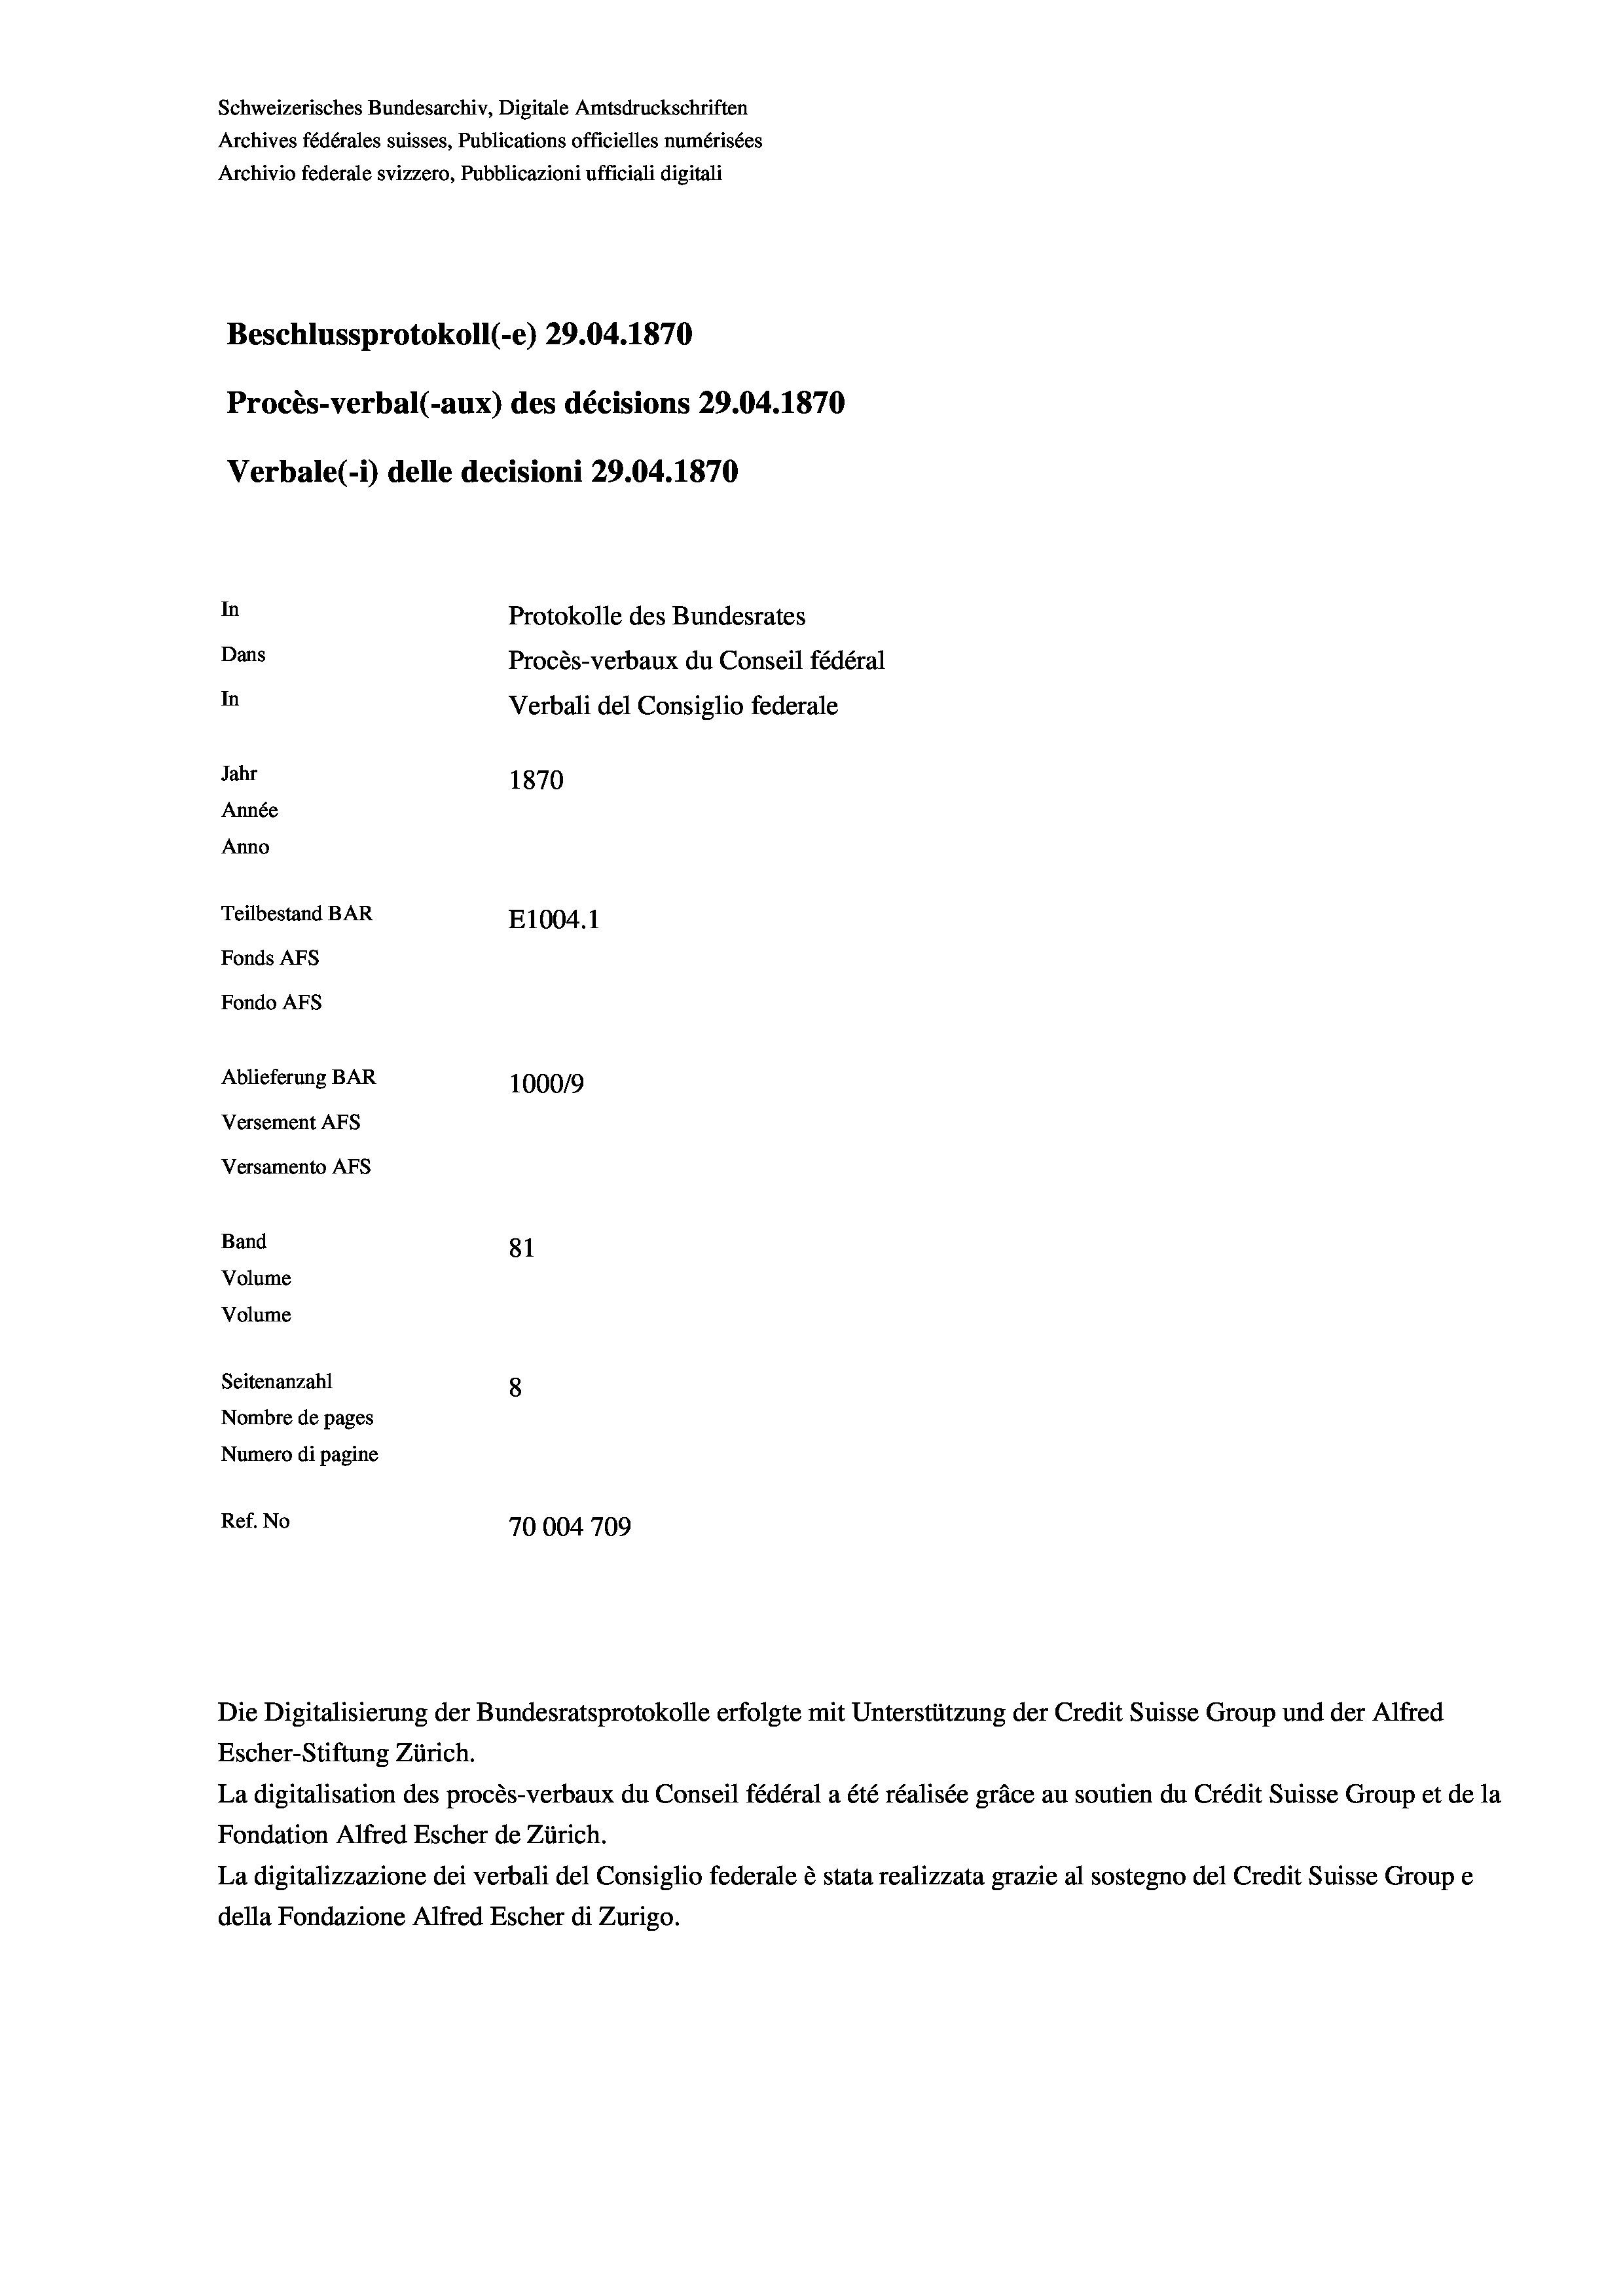
Schweizerisches Bundesarchiv, Digitale Amtsdruckschriften
Archives fédérales suisses, Publications officielles numérisées
Archivio federale svizzero, Pubblicazioni ufficiali digitali
Beschlussprotokoll (-e) 29.04. 1870
Procès-verbal (-aux) des décisions 29.04. 1870
Verbale(-*) delle decisioni 29.04. 1870
In
Protokolle des Bundesrates
Dans
Procès-verbaux du Conseil fédéral
In
Verbali del Consiglio federale
Jahr
1870
Année
Anno
Teilbestand BAR
E1004.1
Fonds AFs
Fondo AFs
Ablieferung BAR
100019
Versement Abs
Versamento Afs

81
Seitenanzahl
8
Nombre de pages
Numero di pagine
Ref. No
70004709

Band
Volume
Volume

Escher-Stiftung Zürich.

Die Digitalisierung der Bundesratsprotokolle erfolgte mit Unterstützung der Credit Suisse Group und der Alfred

La digitalisation des procès-verbaux du Conseil fédéral a été réalisée gräce au soutien du Crédit Suisse Group et de la
Fondation Alfred Escher de Zürich.
La digitalizzazione dei verbali del Consiglio federale è stata realizzata grazie al sostegno del Credit Suisse Groupe
della Fondazione Alfred Escher di Zurigo.